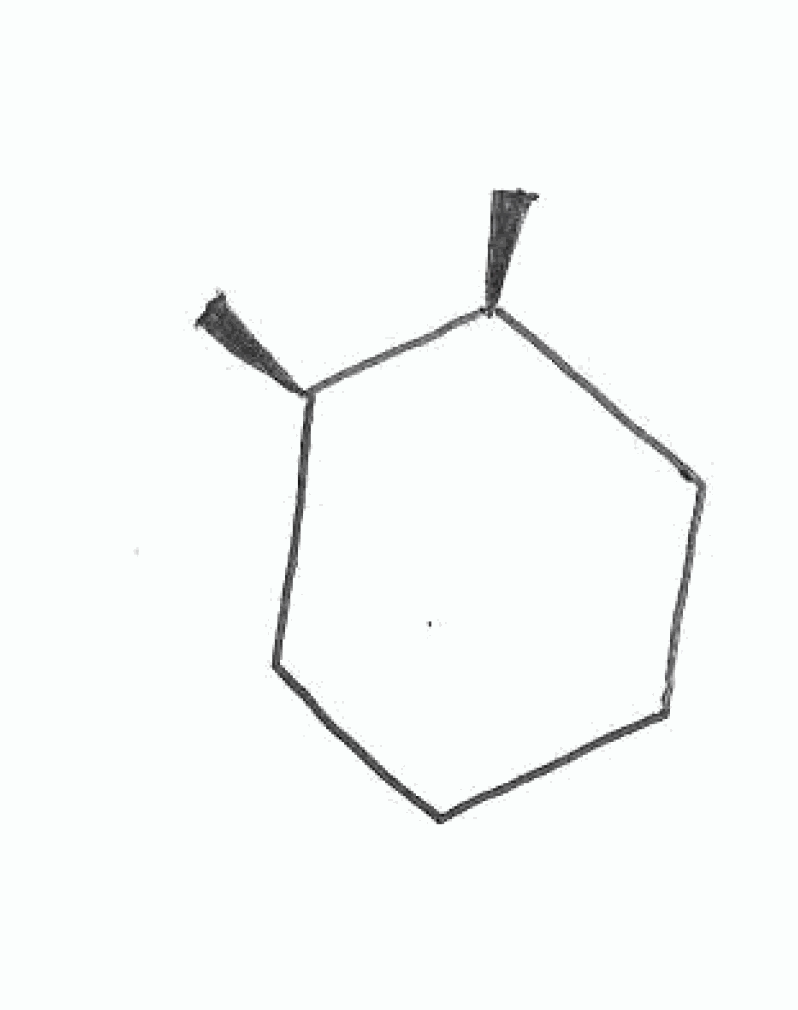
Simplified molecular-input line-entry system (SMILES) notation of the given molecule:
C[C@@H]1CCCC[C@@H]1C